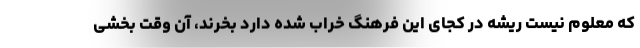
که معلوم نیست ریشه در کجای این فرهنگ خراب شده دارد بخرند، آن وقت بخشی